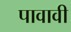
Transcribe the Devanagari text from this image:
पावावी